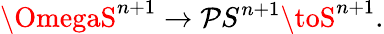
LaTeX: \OmegaS^{n+1}\to\mathcal{P}S^{n+1}\toS^{n+1}.